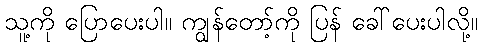
သူ့ကို ပြောပေးပါ။ ကျွန်တော့်ကို ပြန် ခေါ်ပေးပါလို့။